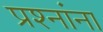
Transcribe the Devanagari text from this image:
प्रश्‍नांना